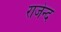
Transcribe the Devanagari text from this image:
राजेन्द